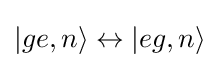
|ge,n\rangle \leftrightarrow |eg,n\rangle